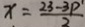
x = \frac { 2 3 - 3 P ^ { 1 } } { 2 }